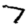
Digit: 7